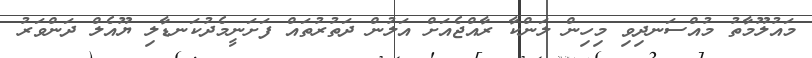
މައުލޫމާތު މުއްސަނދިވި މިހިން ލަންކާ ރާއްޖެއަށް އަލުން ދަތުރުތައް ފަށަނީމެދުކަނޑާލި ޔޫއެލް ދަންވަރު